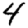
Digit: 4